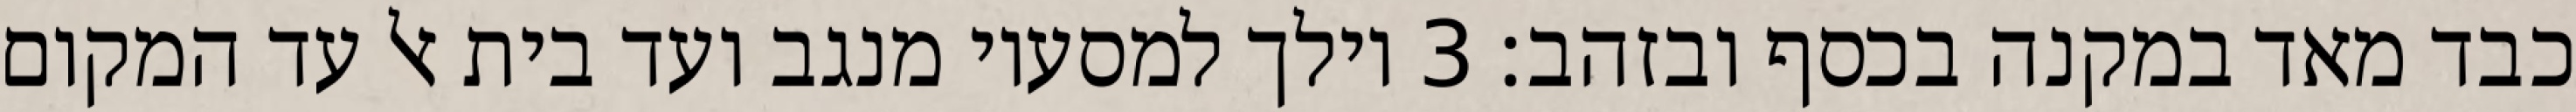
כבד מאד במקנה בכסף ובזהב׃ ‎3‏ וילך למסעיו מנגב ועד בית אל עד המקום